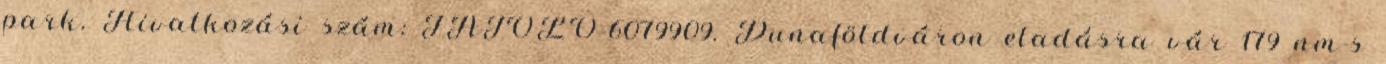
park. Hivatkozási szám: TAJOLO-6079909. Dunaföldváron eladásra vár 179 nm-s